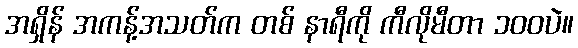
အရှိန် အကန့်အသတ်က တစ် နာရီကို ကီလိုမီတာ ၁၀၀ပဲ။